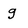
Character: g